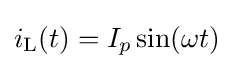
i_{\text{L}}(t)=I_{p}\sin(\omega t)